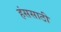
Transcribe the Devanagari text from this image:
हंससाठी